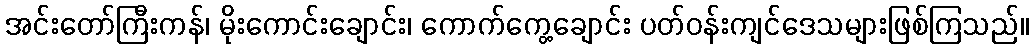
အင်းတော်ကြီးကန်၊ မိုးကောင်းချောင်း၊ ကောက်ကွေ့ချောင်း ပတ်ဝန်းကျင်ဒေသများဖြစ်ကြသည်။